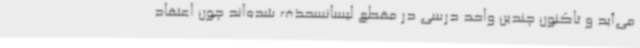
می‌آید و تاکنون چندین واحد درسی در مقطع لیسانسحذف شده‌اند چون اعتقاد